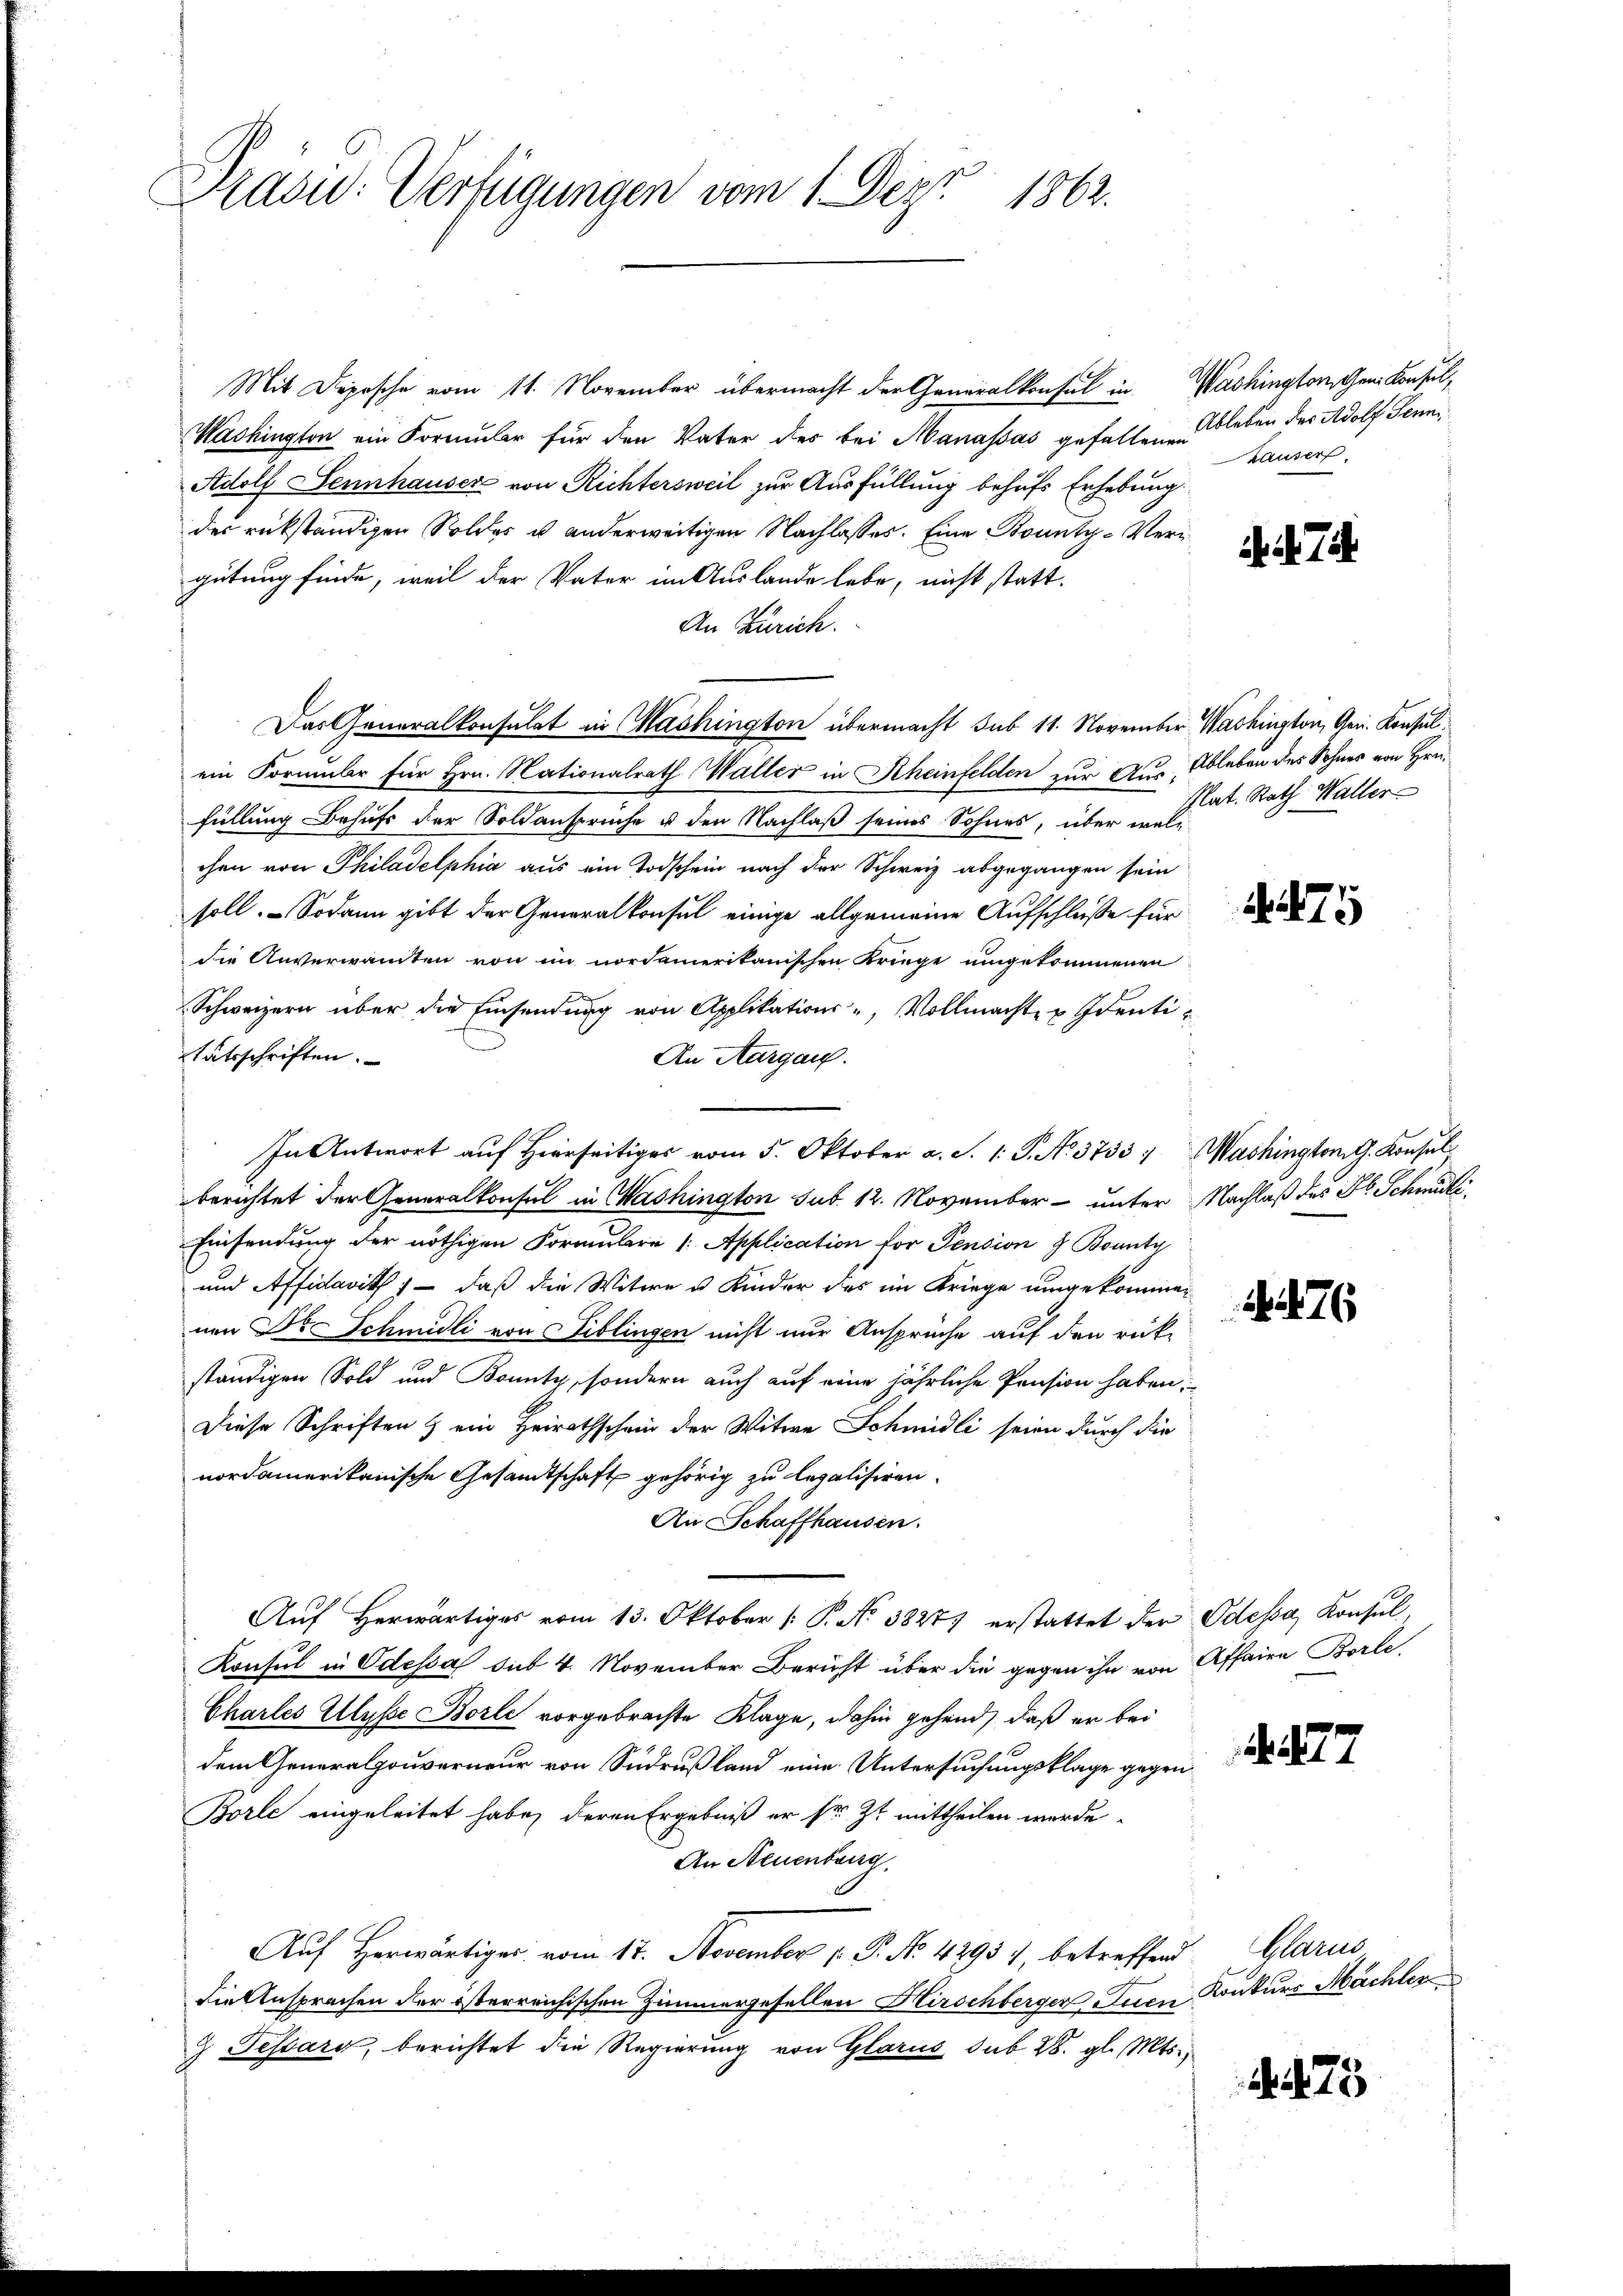
Brasi: Verfügungen vom 1. Dez. 1862.

Mit Depesche vom 11. November übermacht der Generalkonsul in Washington gen Konsul
Washington ein Formular für den Vater des bei Manassas gefallenen
Adolf Sennhauser von Richtersweil zur Ausfüllung behufs Erhebung.
des rückständigen Soldes u anderweitigen Nachlasses. Eine Bounty-Vergütung finde, weil der Vater im Auslande lebe, nicht statt.
An Zürich.
Das Generalkonsulat in Mashington übermacht sub 11. November. Washington, Gen. Konsulein Formber für Hrn. Nationalrath Waller in Scheinfelden zur Aus Ableben des Sohnes von Hrn.
füllung behufs der Soldanspruche u den Nachlaß seines Sohnes, über welc
chen von Philadelphia aus ein Todschein nach der Schweiz abgegangen sein
soll. Sodann gibt der Generalkonsul einige allgemeine Aufschluße für
die Anverwandten von im nordamerikanischen Kriege umgekommenen
Schweizern über die Einsendung von Applikations-, Vollmacht u. Identitätsschriften.
An Aargau.
In Antwort auf Hierseitiges vom 5. Oktober a. S. 1. P. No. 3753; Washingtong. Konsul
berichtet der Generalkonsul in Washington sub. 12. November unter Nachlaß des Jb. Schnadt
Einsendung der nöthigen Formulare /: Application für Pension & Bounty
und Affidarith ; — daß die Witwe u Kinder des im Kriege umgekommen
nen Dr. Schmidli von Biblingen nicht nur Ansprüche auf den rück-
ständigen Sold und Bonitz, sondern auch auf eine jährliche Pension haben:
Diese Schriften & ein Heirathschein der Witwe Schmidli seien durch die
nordamerikanische Gesandtschaft gehörig zu legalisiren.
An Schaffhausen.
Aŭf herwärtiges vom 13. Oktober (: P. Nr. 3827 erstattet der Odessa, Konsul,
Konsul in Odessa sub 4. November Bericht über die gegen ihn von Affaire Borle¬
Charles Illuste Borle vorgebrachte Klage, dahin gehend, daß er bei
dem Generalgouverneur von Sudrußland eine Untersuchungsklage gegen
Borle eingeleitet habe, deren Ergebniß er sr. Zt. mittheilen werde.
An Neuenburg.
Auf Herwärtiges vom 17. November 1. P. No. 4293), betreffend
Die Ansprachen der österreichischen Zimmergesellen Hirschberger Inen Konkurs Mächler
 Fessard, berichtet die Regierung von Glarus sub 28. gl. Mts.

Ableben der Adolf Senn
hauser,

ii. 7

Rat. Rath Waller

A.75

476

. 1277

Glarus

475